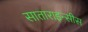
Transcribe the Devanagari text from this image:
साताराइन्सीस